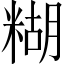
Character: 糊